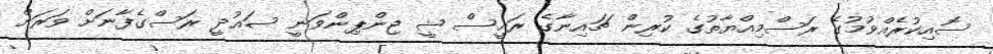
ސޮއިކުރެއްވުމުގެ ރަސްމިއްޔާތުގެ ކުރިން ޗައިނާގެ ރައީސް ޝީ ޖިންޕިންވަނީ ސައުދީ ރަސްގެފާނަށް ވަރަށް